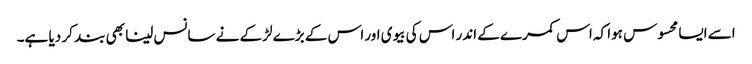
اسے ایسا محسوس ہوا کہ اس کمرے کے اندر اس کی بیوی اور اس کے بڑے لڑکے نے سانس لینا بھی بند کر دیا ہے۔